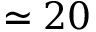
\simeq 2 0